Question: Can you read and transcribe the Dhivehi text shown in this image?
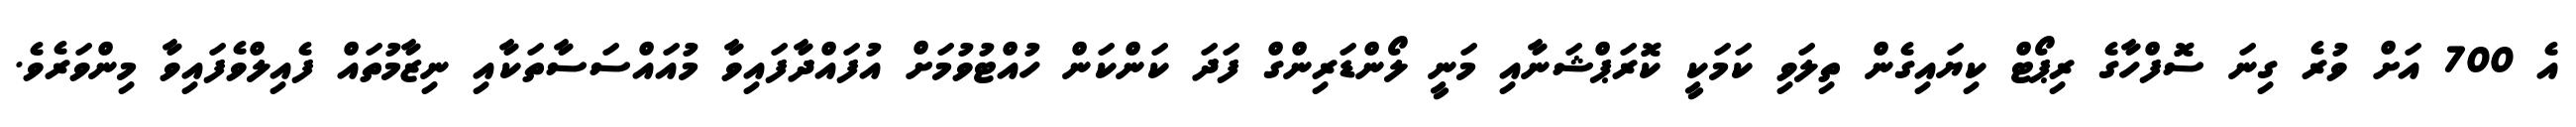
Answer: އެ 700 އަށް ވުރެ ގިނަ ސޮފްހާގެ ރިޕޯޓް ކިޔައިގެން ތިލަވި ކަމަކީ ކޮރަޕްޝަނާއި މަނީ ލޯންޑަރިންގް ފަދަ ކަންކަން ހުއްޓުވުމަށް އުފައްދާފައިވާ މުއައްސަސާތަކާއި ނިޒާމުތައް ފެއިލްވެފައިވާ މިންވަރެވެ.